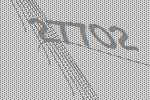
27702